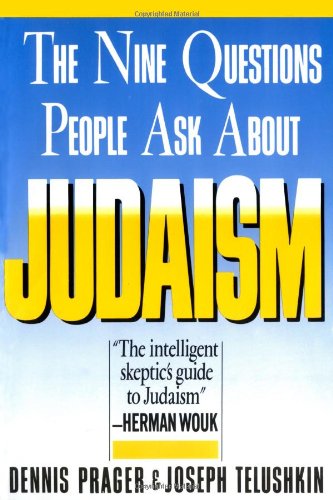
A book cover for Nine Questions People Ask About Judaism; Dennis Prager; Religion & Spirituality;